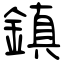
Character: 鎮